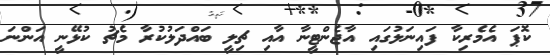
ކޮޕަ އެމެރިކާ ފައިނަލުގައި އާޖެންޓީނާ އާއި ޗިލީ ބައްދަލުކުރާ މެޗު ކުޅޭނީ އަންނަ